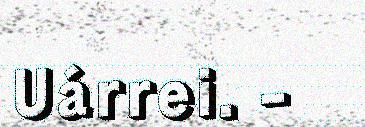
Uárrei. -